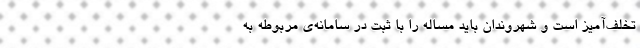
تخلف‌آمیز است و شهروندان باید مساله را با ثبت در سامانه‌ی مربوطه به